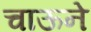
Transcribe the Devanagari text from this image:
चाऊने